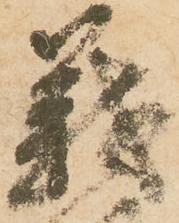
義